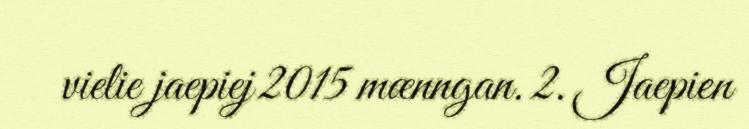
vielie jaepiej 2015 mænngan. 2. Jaepien